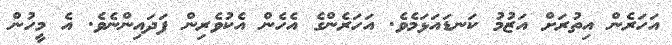
އަހަރެން އިތުރަށް އަޒުމު ކަނޑައަޅަމެވެ. އަހަރެންގެ އެހެން އެކުވެރިން ފަދައިންނެވެ. އެ މީހުން